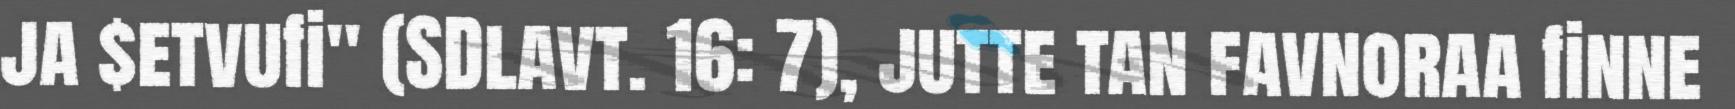
ja $etvufi" (SDlavt. 16: 7), jutte tan favnoraa finne